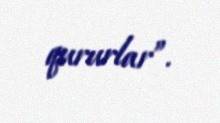
qururlar”.